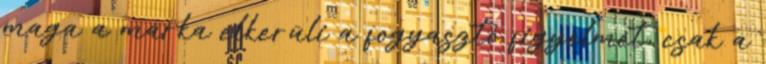
maga a márka elkerüli a fogyasztó figyelmét, csak a